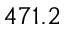
4 7 1 . 2